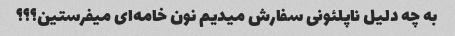
به چه دلیل ناپلئونی سفارش میدیم نون خامه‌ای میفرستین؟؟؟